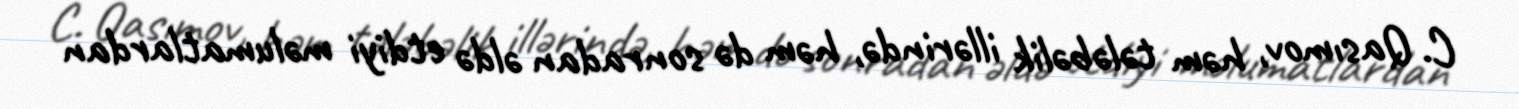
C. Qasımov, həm tələbəlik illərində, həm də sonradan əldə etdiyi məlumatlardan